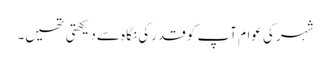
شہر کی عوام آپ کو قدرکی نگاہ سے دیکھتی تھیں۔